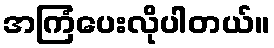
အကြံပေးလိုပါတယ်။